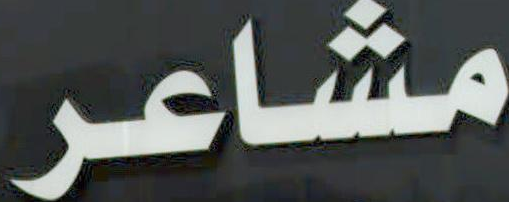
مشاعر